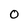
Character: o